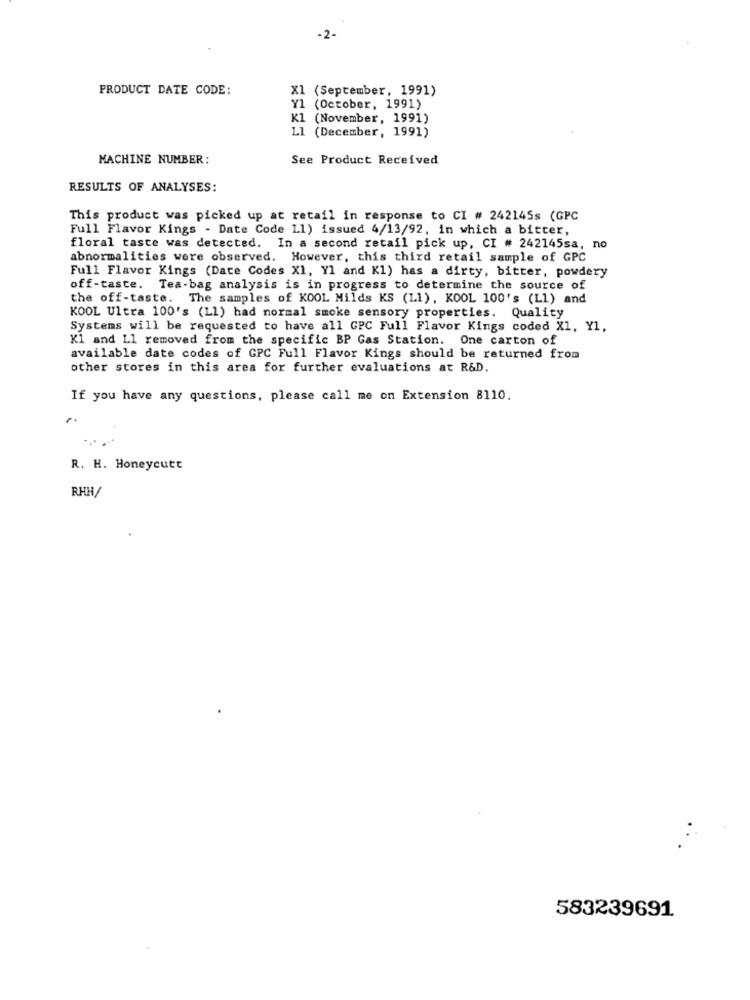
-2-
PRODUCT DATE CODE:
X1 (September, 1991)
Y1 (October, 1991)
K1 (November, 1991)
L1 (December, 1991)
MACHINE NUMBER:
See Product Received
RESULTS OF ANALYSES:
This product was picked up at retail in response to CI # 242145s (GPC
Full Flavor Kings - Date Code Ll) issued 4/13/92, in which a bitter,
floral taste was detected. In a second retail pick up, CI # 242145sa, no
abnormalities were observed. However, this third retail sample of GPC
Full Flavor Kings (Date Codes X1, Yl and K1) has a dirty, bitter, powdery
off-taste. Tea-bag analysis is in progress to determine the source of
the off-taste. The samples of KOOL Milds KS (L1), KOOL 100's (Ll) and
KOOL Ultra 100's (Ll) had normal smoke sensory properties. Quality
Systems will be requested to have all GPC Full Flavor Kings coded X1, Y1,
K1 and Ll removed from the specific BP Gas Station. One carton of
available date codes of GPC Full Flavor Kings should be returned from
other stores in this area for further evaluations at R&D.
If you have any questions, please call me on Extension 8110.
1.
R. H. Honeycutt
RHH/
583239691